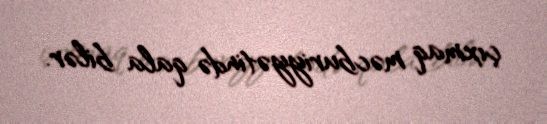
çıxmaq məcburiyyətində qala bilər.